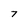
Character: 7